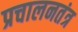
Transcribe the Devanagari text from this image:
प्रचालनतंत्र